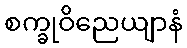
စက္ခုဝိညေယျာနံ